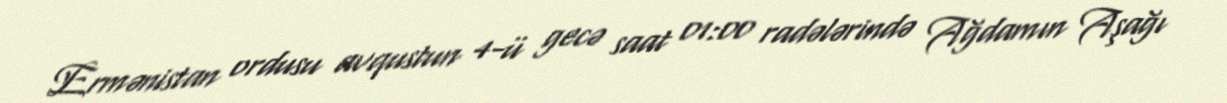
Ermənistan ordusu avqustun 4-ü gecə saat 01:00 radələrində Ağdamın Aşağı